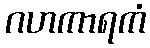
ဂဟကာရကံ